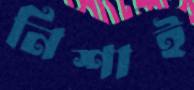
নিশাই